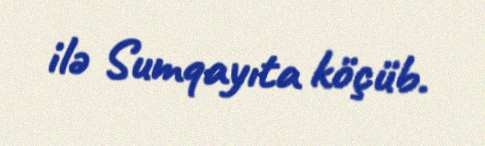
ilə Sumqayıta köçüb.